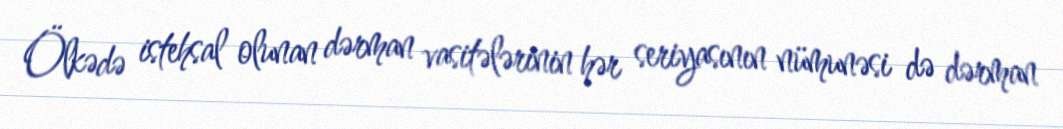
Ölkədə istehsal olunan dərman vasitələrinin hər seriyasının nümunəsi də dərman